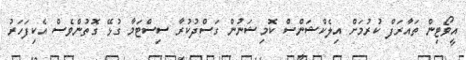
އީވޯޓިން ތައާރަފް ކުރުމަށް އިލެކްޝަންސް ކޮމިޝަނުން ގަސްދުކުރާ ސިސްޓަމާ ގުޅޭ ގޮތުންވެސް އެކިފަހަރު